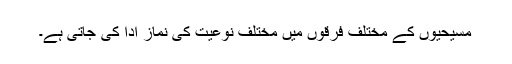
مسیحیوں کے مختلف فرقوں میں مختلف نوعیت کی نماز ادا کی جاتی ہے۔